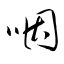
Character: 咽